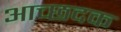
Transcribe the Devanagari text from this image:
आच्छदक